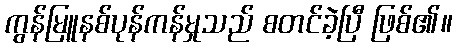
ကွန်မြူနစ်ပုန်ကန်မှုသည် စတင်ခဲ့ပြီ ဖြစ်၏။